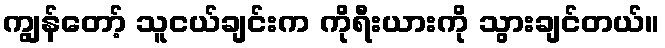
ကျွန်တော့် သူငယ်ချင်းက ကိုရီးယားကို သွားချင်တယ်။